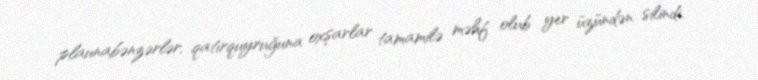
plaunabənzərlər, qatırquyruğuna oxşarlar tamamilə məhf olub yer üzündən silindi.